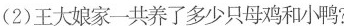
(2)王大娘家一共养了多少只母鸡和小鸭?